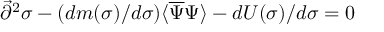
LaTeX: { \vec { \partial } } ^ { 2 } \sigma - ( d m ( \sigma ) / d \sigma ) \langle { \overline { { \Psi } } } \Psi \rangle - d U ( \sigma ) / d \sigma = 0